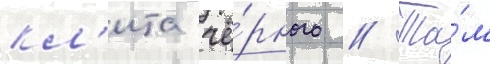
кл'ита чё́рного // Та́м